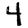
Digit: 4